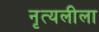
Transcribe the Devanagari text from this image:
नृत्यलीला